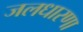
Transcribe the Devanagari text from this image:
जलधारणा